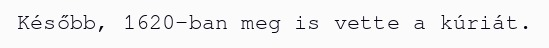
Később, 1620-ban meg is vette a kúriát.